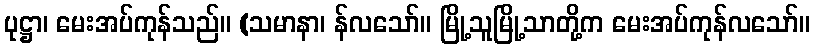
ပုဋ္ဌာ၊ မေးအပ်ကုန်သည်။ (သမာနာ၊ န်လသော်။ မြို့သူမြို့သာတို့က မေးအပ်ကုန်လသော်။